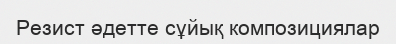
Резист әдетте сұйық композициялар